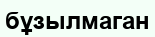
бұзылмаган